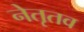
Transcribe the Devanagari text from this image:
नेतृतव